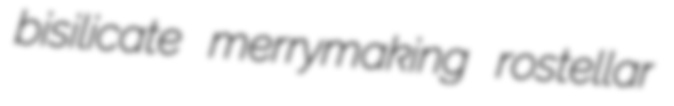
bisilicate merrymaking rostellar